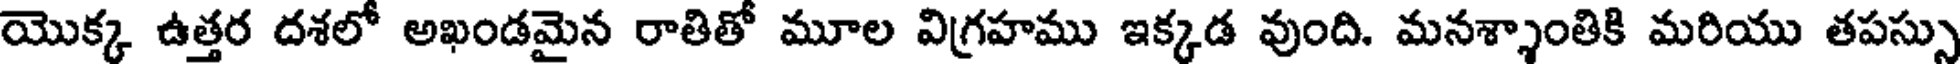
యొక్క ఉత్తర దశలో అఖండమైన రాతితో మూల విగ్రహము ఇక్కడ వుంది. మనశ్శాంతికి మరియు తపస్సు